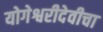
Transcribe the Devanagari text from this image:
योगेश्वरीदेवीचा